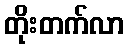
တိုးတက်လာ